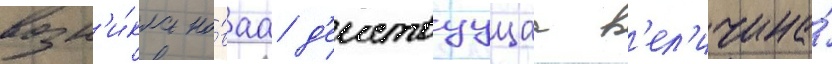
возн'и́кла но́ваа д'еиствуущаа в'ел'ичина́